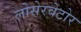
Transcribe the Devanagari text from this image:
लोसेरवेटोर